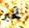
نخبر